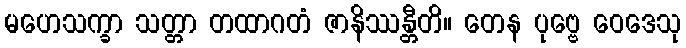
မဟေသက္ခာ သတ္တာ တထာဂတံ ဇာနိဿန္တီတိ။ တေန ပုဗ္ဗေ ဝေဒေသု